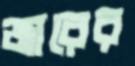
জারের